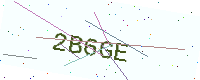
Text: 2B6GE